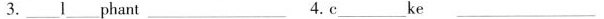
3.___1___phant4.c___ke___